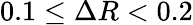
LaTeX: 0.1\leq\Delta R<0.2